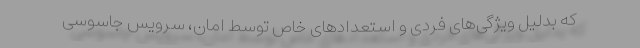
که بدلیل ویژگی‌های فردی و استعداد‌های خاص توسط امان، سرویس جاسوسی